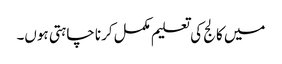
میں کالج کی تعلیم مکمل کرنا چاہتی ہوں۔